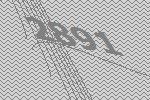
2891